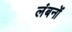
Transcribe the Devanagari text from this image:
लंबनों